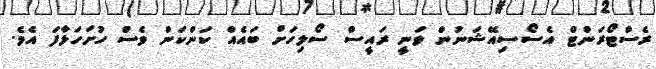
ރެސްޓޯރަންޓް އެސޯސިއޭޝަނުން ވަނީ ރައީސް ސޯލިހަށް ބައެއް ކަންކަން ވެސް ހުށަހަޅާފަ އެވެ.